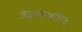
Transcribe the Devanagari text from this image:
ज्वलन्शील